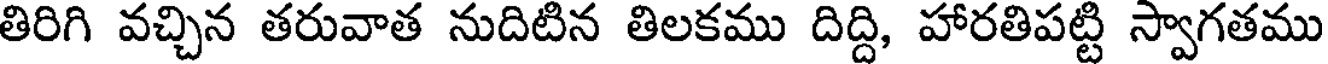
తిరిగి వచ్చిన తరువాత నుదిటిన తిలకము దిద్ది, హారతిపట్టి స్వాగతము